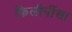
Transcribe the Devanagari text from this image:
फिलीपींसा